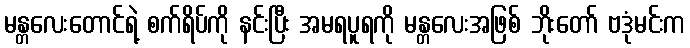
မန္တလေးတောင်ရဲ့ စက်ရိပ်ကို နင်းပြီး အမရပူရကို မန္တလေးအဖြစ် ဘိုးတော် ဗဒုံမင်းက